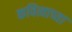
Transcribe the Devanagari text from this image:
कवित्वाच्या